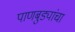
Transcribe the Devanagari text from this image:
पाणबुड्यांचा